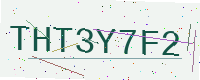
Text: THT3Y7F2